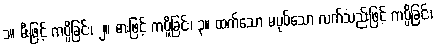
၁။ မီးဖြင့် ကပ္ပိခြင်း၊ ၂။ ဓားဖြင့် ကပ္ပိခြင်း၊ ၃။ ထက်သော မပုပ်သော လက်သည်းဖြင့် ကပ္ပိခြင်း၊